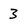
Character: 3